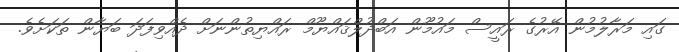
ގައި މަރާލުމުން އޭރުގެ ރައީސް މައުމޫން އަބްދުލްޤައްޔޫމް ރައްޔިތުންނަށް ދެއްވިފަދަ ބަޔާން ތަކަށެވެ.